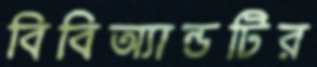
বিবিঅ্যান্ডটির